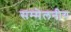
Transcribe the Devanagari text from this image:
सम्मेलनीय